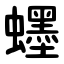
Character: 䘃